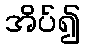
အိပ်၍